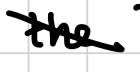
Text: the
Cross-out: diagonal
Writing tool: digital_black